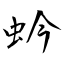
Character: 蚙